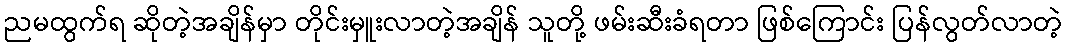
ညမထွက်ရ ဆိုတဲ့အချိန်မှာ တိုင်းမှူးလာတဲ့အချိန် သူတို့ ဖမ်းဆီးခံရတာ ဖြစ်ကြောင်း ပြန်လွတ်လာတဲ့